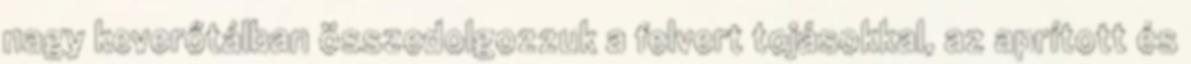
nagy keverőtálban összedolgozzuk a felvert tojásokkal, az aprított és